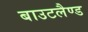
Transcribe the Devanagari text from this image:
बाउटलैण्ड